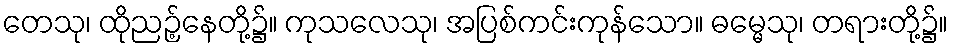
တေသု၊ ထိုညဉ့်နေတို့၌။ ကုသလေသု၊ အပြစ်ကင်းကုန်သော။ ဓမ္မေသု၊ တရားတို့၌။